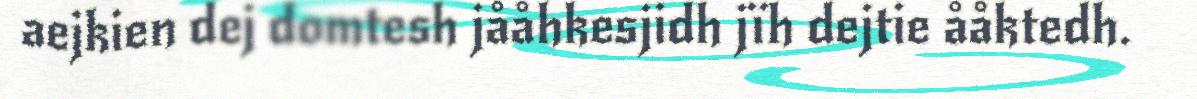
aejkien dej domtesh jååhkesjidh jïh dejtie ååktedh.